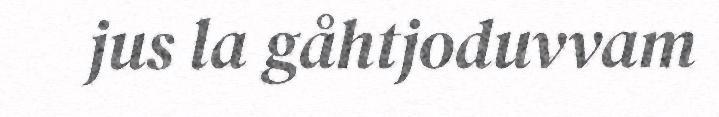
jus la gåhtjoduvvam